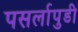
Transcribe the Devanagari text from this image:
पसर्लापुडी